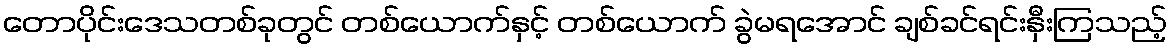
တောပိုင်းဒေသတစ်ခုတွင် တစ်ယောက်နှင့် တစ်ယောက် ခွဲမရအောင် ချစ်ခင်ရင်းနှီးကြသည့်